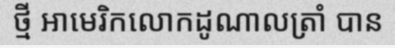
ថ្មី អាមេរិកលោកដូណាលត្រាំ បាន